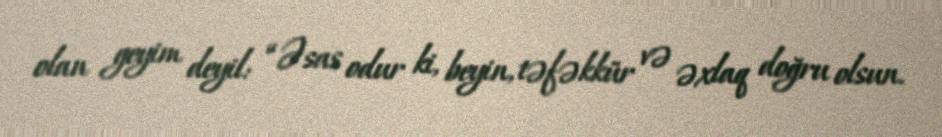
olan geyim deyil: “Əsas odur ki, beyin, təfəkkür və əxlaq doğru olsun.